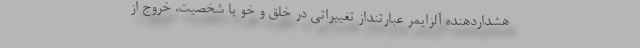
هشداردهنده آلزایمر عبارتنداز تغییراتی در خلق و خو یا شخصیت، خروج از